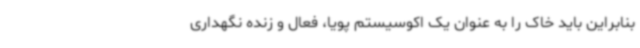
بنابراین باید خاک را به عنوان یک اکوسیستم پویا، فعال و زنده نگهداری